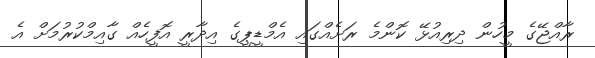
ރާއްޖޭގެ މީހުން ދިރިއުޅޭ ކޮންމެ ރަށެއްގައި އެމްޑީޕީގެ އިދާރީ އޮފީހެއް ގާއިމްކުރުމަށް އެ